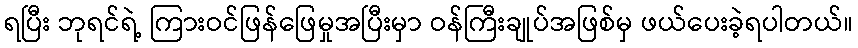
ရပြီး ဘုရင်ရဲ့ ကြားဝင်ဖြန်ဖြေမှုအပြီးမှာ ဝန်ကြီးချုပ်အဖြစ်မှ ဖယ်ပေးခဲ့ရပါတယ်။